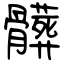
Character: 髒